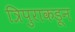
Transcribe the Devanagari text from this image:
त्रिपुराकडून